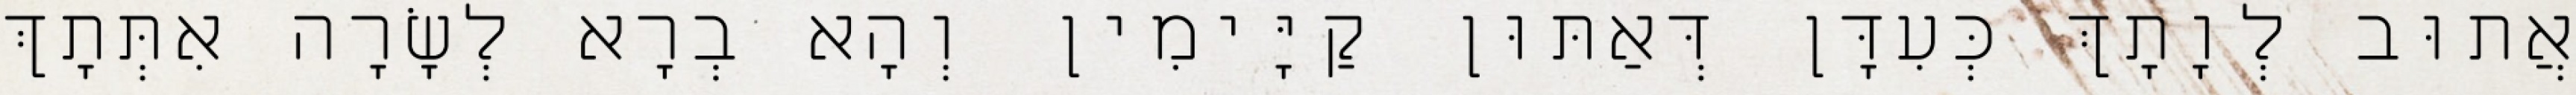
אֲתוּב לְוָתָךְ כְּעִדָּן דְּאַתּוּן קַיָּימִין וְהָא בְרָא לְשָׂרָה אִתְּתָךְ